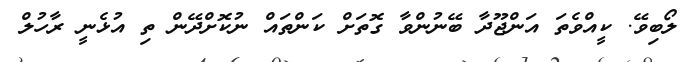
ލޯބިވޭ. ކީއްވެތަ އަންޖޫދާ ބޭނުންވާ ގޮތަށް ކަންތައް ނުކޮށްދޭން ތި އުޅެނީ ރާހުލް